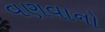
વણવાનો